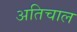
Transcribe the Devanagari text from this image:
अतिचाल